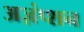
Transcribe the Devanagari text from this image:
अज़ंप्शन